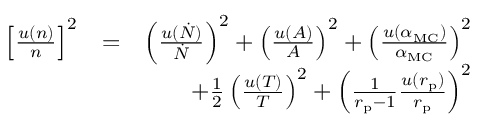
\begin{array} { r l r } { \left[ \frac { u \left( n \right) } { n } \right] ^ { 2 } } & { = } & { \left( \frac { u ( \dot { N } ) } { \dot { N } } \right) ^ { 2 } + \left( \frac { u ( A ) } { A } \right) ^ { 2 } + \left( \frac { u ( \alpha _ { \mathrm { M C } } ) } { \alpha _ { \mathrm { M C } } } \right) ^ { 2 } } \\ & { } & { + \frac { 1 } { 2 } \left( \frac { u ( T ) } { T } \right) ^ { 2 } + \left( \frac { 1 } { r _ { \mathrm { p } } - 1 } \frac { u ( r _ { \mathrm { p } } ) } { r _ { \mathrm { p } } } \right) ^ { 2 } } \end{array}